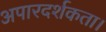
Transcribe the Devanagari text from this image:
अपारदर्शकता।